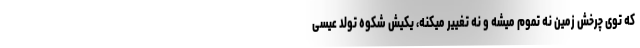
که توی چرخش زمین نه تموم میشه و نه تغییر میکنه، یکیش شکوه تولد عیسی